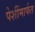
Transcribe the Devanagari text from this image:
पेशींमार्फत